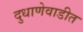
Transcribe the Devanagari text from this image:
दुधाणेवाडीत